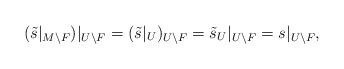
LaTeX: \begin{align*}(\tilde s|_{M \setminus F})|_{U \setminus F} = (\tilde s|_U)_{U \setminus F} = \tilde s_U|_{U \setminus F} = s|_{U \setminus F},\end{align*}